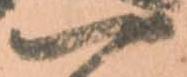
一